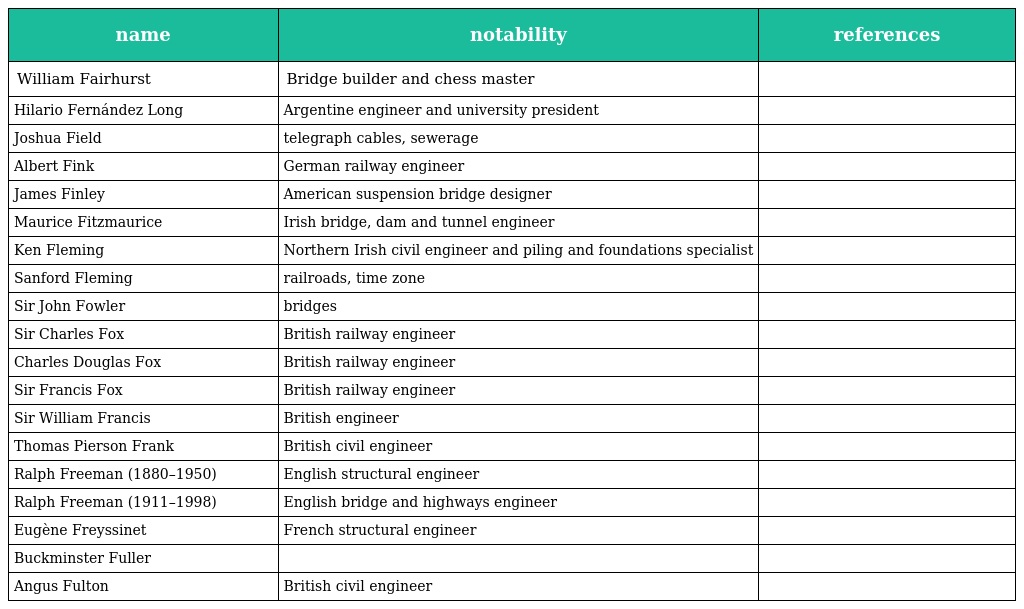
| name | notability | references |
 | --- | --- | --- |
 | William Fairhurst | Bridge builder and chess master |  |
 | Hilario Fernández Long | Argentine engineer and university president |  |
 | Joshua Field | telegraph cables, sewerage |  |
 | Albert Fink | German railway engineer |  |
 | James Finley | American suspension bridge designer |  |
 | Maurice Fitzmaurice | Irish bridge, dam and tunnel engineer |  |
 | Ken Fleming | Northern Irish civil engineer and piling and foundations specialist |  |
 | Sanford Fleming | railroads, time zone |  |
 | Sir John Fowler | bridges |  |
 | Sir Charles Fox | British railway engineer |  |
 | Charles Douglas Fox | British railway engineer |  |
 | Sir Francis Fox | British railway engineer |  |
 | Sir William Francis | British engineer |  |
 | Thomas Pierson Frank | British civil engineer |  |
 | Ralph Freeman (1880–1950) | English structural engineer |  |
 | Ralph Freeman (1911–1998) | English bridge and highways engineer |  |
 | Eugène Freyssinet | French structural engineer |  |
 | Buckminster Fuller |  |  |
 | Angus Fulton | British civil engineer |  |